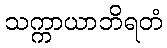
သက္ကာယာဘိရတံ